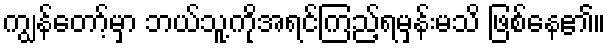
ကျွန်တော့်မှာ ဘယ်သူ့ကိုအရင်ကြည့်ရမှန်းမသိ ဖြစ်နေ၏။